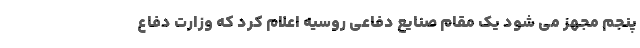
پنجم مجهز می شود یک مقام صنایع دفاعی روسیه اعلام کرد که وزارت دفاع